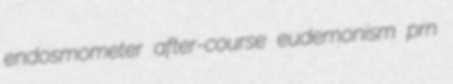
endosmometer after-course eudemonism prn